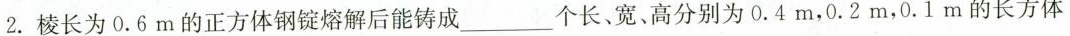
2.棱长为0.6m的正方体钢锭熔解后能铸成___个长、宽、高分别为0.4m，0.2m，0.1m的长方体